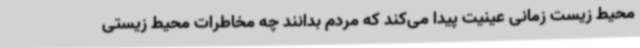
محیط زیست زمانی عینیت پیدا می‌کند که مردم بدانند چه مخاطرات محیط زیستی